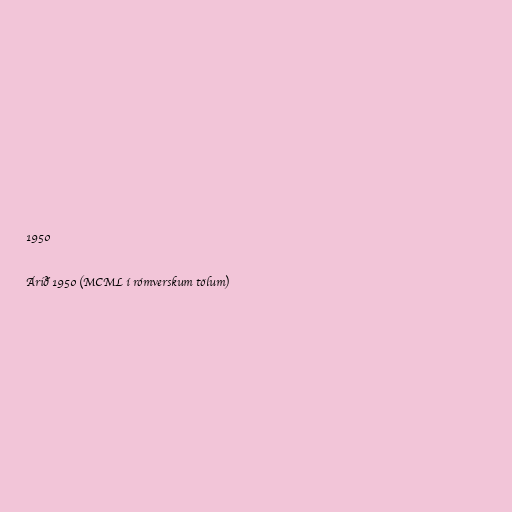
1950

Árið 1950 (MCML í rómverskum tölum)